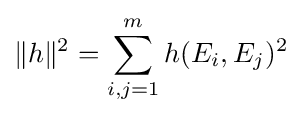
\|h\|^{2}=\sum _{i,j=1}^{m}h(E_{i},E_{j})^{2}